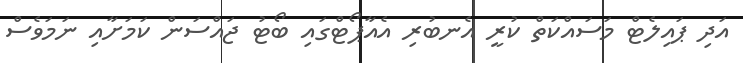
އަދި ޕައިލެޓް މަސައްކަތް ކުރީ އެނބުރި އެއާޕޯޓްގައި ބޯޓު ޖައްސަން ކަމަށާއި ނަމަވެސް